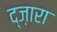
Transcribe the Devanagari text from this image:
द्ज़ारा